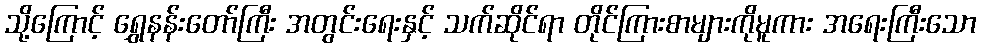
သို့ကြောင့် ရွှေနန်းတော်ကြီး အတွင်းရေးနှင့် သက်ဆိုင်ရာ တိုင်ကြားစာများကိုမူကား အရေးကြီးသော